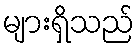
များရှိသည်